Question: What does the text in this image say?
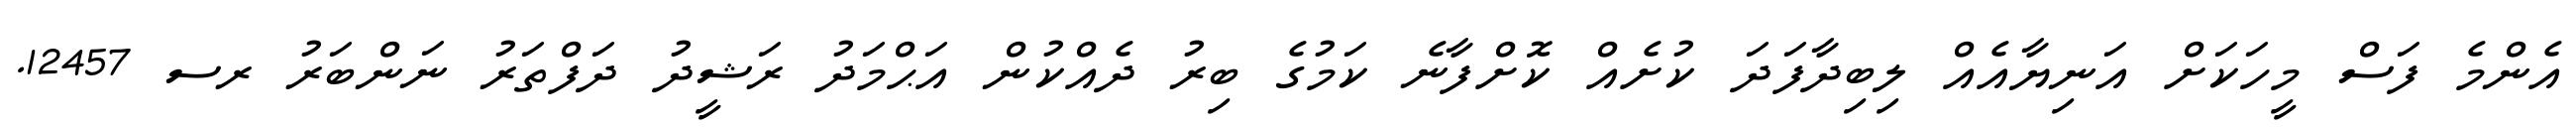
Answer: އެންމެ ފަސް މީހަކަށް އަނިޔާއެއް ލިބިދާފަދަ ކުށެއް ކޮށްފާނެ ކަމުގެ ބިރު ދެއްކުން އަޙްމަދު ރަޝީދު ދަފްތަރު ނަންބަރު ރސ 12457.